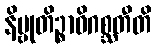
နိဗ္ဗုတိဉ္စာဓိဂစ္ဆတီတိ